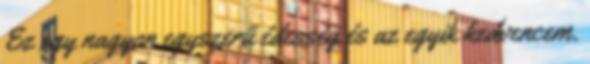
Ez egy nagyon egyszerű édesség és az egyik kedvencem.